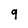
Character: g